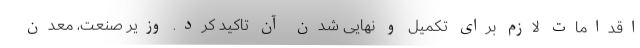
اقدامات لازم برای تکمیل و نهایی شدن آن تاکید کرد. وزیر صنعت، معدن